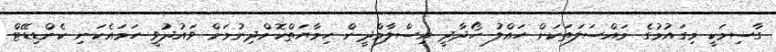
ގާސިމަކީ މިގައުމުގެ މައްސަލަތަކަށް ހައްލު ހޯދާދީ އިސްލާމްދީން ހިމާޔަތްކޮށްދިނުމަށް ވައުދުވީ ހަމައެކަނި ކެންޑިޑޭޓް